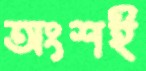
অংশই